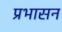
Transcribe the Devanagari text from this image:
प्रभासन